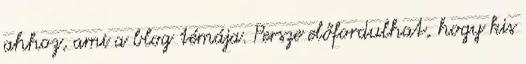
ahhoz, ami a blog témája. Persze előfordulhat, hogy kis